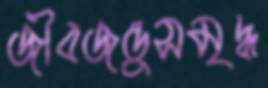
জীবজন্তুসমৃদ্ধ